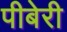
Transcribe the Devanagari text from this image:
पीबेरी